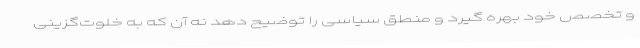
و تخصص خود بهره گیرد و منطق سیاسی را توضیح دهد نه آن که به خلوت‌گزینی